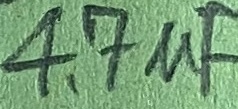
Text: 4.7µF